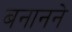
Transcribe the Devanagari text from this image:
बनानने